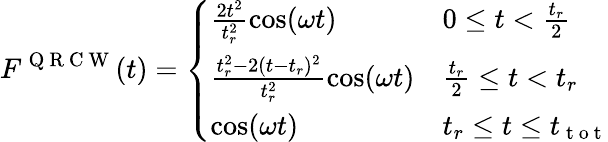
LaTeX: F^{\mathrm{~Q~R~C~W~}}(t)=\left\{ \begin{array}{ll}{\frac{2t^{2}}{t_{r}^{2}}\cos(\omega t)}&{0\leq t<\frac{t_{r}}{2}}\\ {\frac{t_{r}^{2}-2(t-t_{r})^{2}}{t_{r}^{2}}\cos(\omega t)}&{\frac{t_{r}}{2}\leq t<t_{r}}\\ {\cos(\omega t)}&{t_{r}\leq t\leq t_{\mathrm{~t~o~t~}}}\end{array}\right.